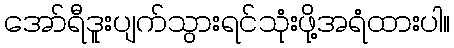
အော်ရီဒူးပျက်သွားရင်သုံးဖို့အရံထားပါ။